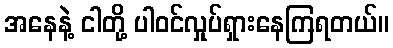
အနေနဲ့ ငါတို့ ပါဝင်လှုပ်ရှားနေကြရတယ်။